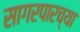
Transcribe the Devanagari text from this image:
सागरपारच्या